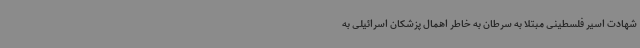
شهادت اسیر فلسطینی مبتلا به سرطان به خاطر اهمال پزشکان اسرائیلی به